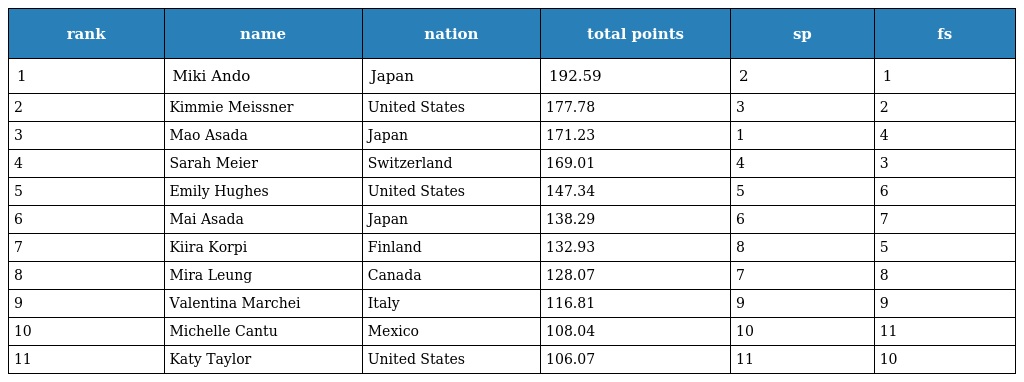
| rank | name | nation | total points | sp | fs |
 | --- | --- | --- | --- | --- | --- |
 | 1 | Miki Ando | Japan | 192.59 | 2 | 1 |
 | 2 | Kimmie Meissner | United States | 177.78 | 3 | 2 |
 | 3 | Mao Asada | Japan | 171.23 | 1 | 4 |
 | 4 | Sarah Meier | Switzerland | 169.01 | 4 | 3 |
 | 5 | Emily Hughes | United States | 147.34 | 5 | 6 |
 | 6 | Mai Asada | Japan | 138.29 | 6 | 7 |
 | 7 | Kiira Korpi | Finland | 132.93 | 8 | 5 |
 | 8 | Mira Leung | Canada | 128.07 | 7 | 8 |
 | 9 | Valentina Marchei | Italy | 116.81 | 9 | 9 |
 | 10 | Michelle Cantu | Mexico | 108.04 | 10 | 11 |
 | 11 | Katy Taylor | United States | 106.07 | 11 | 10 |